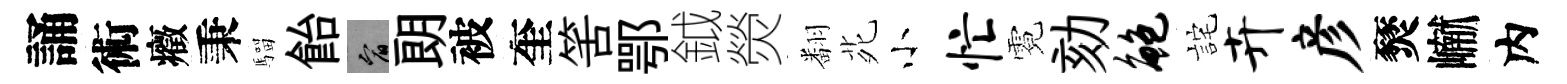
誦術癥秉騮飴宥朗被奎筈鄂鉞熒翻𫟍小忙霓劾鲍詫卉彦燹𪩘内